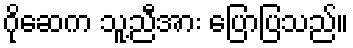
ဂိုဆေက သူ့ညီအား ပြောပြသည်။